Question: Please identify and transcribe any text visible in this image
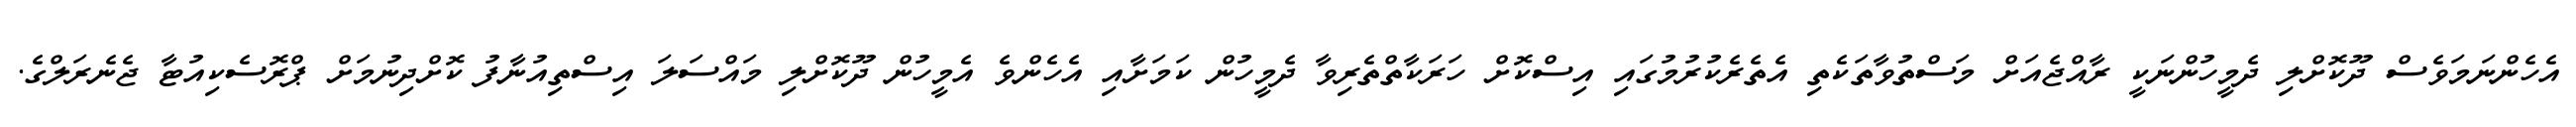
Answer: އެހެންނަމަވެސް ދޫކޮށްލި ދެމީހުންނަކީ ރާއްޖެއަށް މަސްތުވާތަކެތި އެތެރެކުރުމުގައި އިސްކޮށް ހަރަކާތްތެރިވާ ދެމީހުން ކަމަށާއި އެހެންވެ އެމީހުން ދޫކޮށްލި މައްސަލަ އިސްތިއުނާފު ކޮށްދިނުމަށް ޕްރޮސެކިއުޓާ ޖެނެރަލްގެ.